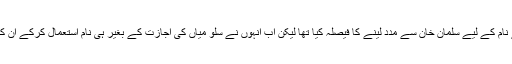
اداکارہ نے ابتدا میں فلم کے نام کے لیے سلمان خان سے مدد لینے کا فیصلہ کیا تھا لیکن اب انہوں نے سلو میاں کی اجازت کے بغیر ہی نام استعمال کرکے ان کی ناراضی مول لے لی ہے۔